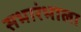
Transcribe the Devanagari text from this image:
सभारंभाला